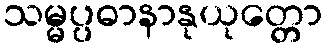
သမ္မပ္ပဓာနာနုယုတ္တော